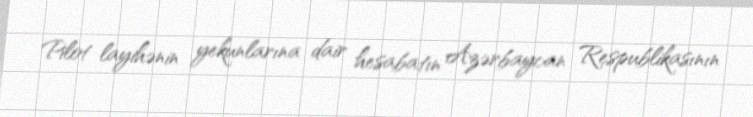
Pilot layihənin yekunlarına dair hesabatın Azərbaycan Respublikasının